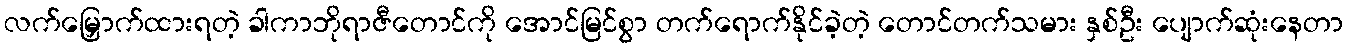
လက်မြှောက်ထားရတဲ့ ခါကာဘိုရာဇီတောင်ကို အောင်မြင်စွာ တက်ရောက်နိုင်ခဲ့တဲ့ တောင်တက်သမား နှစ်ဦး ပျောက်ဆုံးနေတာ